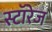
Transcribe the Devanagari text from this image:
स्टॉरेज